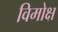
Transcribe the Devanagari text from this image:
विमोक्ष